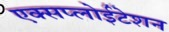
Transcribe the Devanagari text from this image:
एक्सप्लोईटेशन